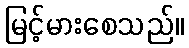
မြင့်မားစေသည်။